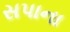
સપાના